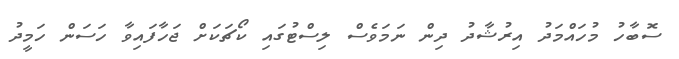
ސޮބާހު މުހައްމަދު އިރުޝާދު ދިން ނަމަވެސް ލިސްޓުގައި ކޯޗަކަށް ޖަހާފައިވާ ހަސަން ހަމީދު